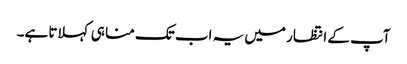
آپ کے انتظار میں یہ اب تک منا ہی کہلاتا ہے۔